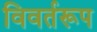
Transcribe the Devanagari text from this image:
विवर्तरूप